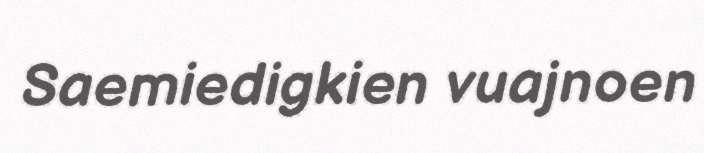
Saemiedigkien vuajnoen